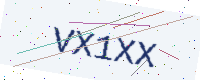
Text: VX1XX